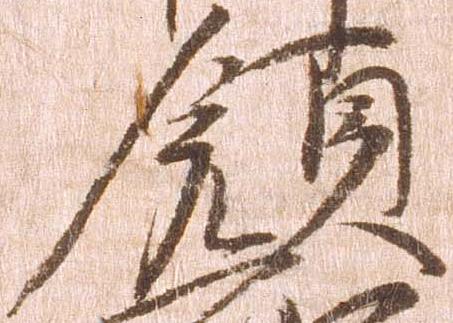
領